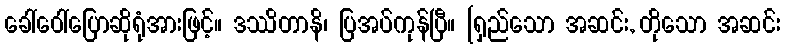
ခေါ်ဝေါ်ပြောဆိုရုံအားဖြင့်။ ဒဿိတာနိ၊ ပြအပ်ကုန်ပြီ။ [ရှည်သော အဆင်း, တိုသော အဆင်း